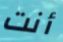
أنت